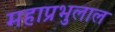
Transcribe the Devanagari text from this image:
महाप्रभुलाल